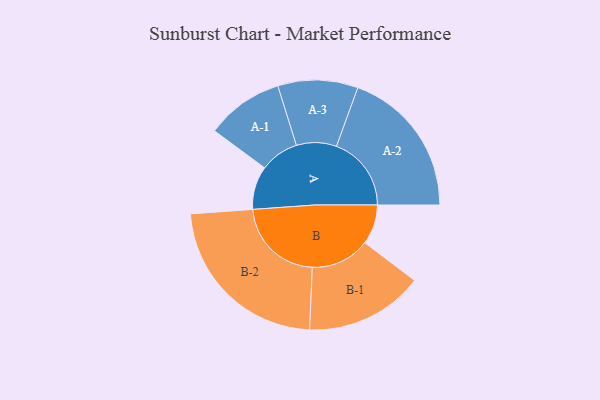
{"axis": {"x": "Segment", "y": "Value"}, "legend": ["", "A", "B"], "data": [{"x": "A", "y": 144, "type": ""}, {"x": "B", "y": 132, "type": ""}, {"x": "A-1", "y": 129, "type": "A"}, {"x": "A-2", "y": 249, "type": "A"}, {"x": "A-3", "y": 133, "type": "A"}, {"x": "B-1", "y": 197, "type": "B"}, {"x": "B-2", "y": 297, "type": "B"}]}